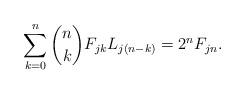
LaTeX: \begin{align*}\sum_{k=0}^{n} {n\choose k} F_{jk} L_{j(n-k)} = 2^n F_{jn}.\end{align*}